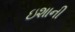
ઇશાની